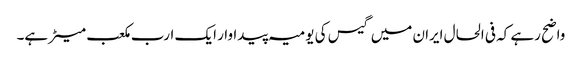
واضح رہے کہ فی الحال ایران میں گیس کی یومیہ پیداوار ایک ارب مکعب میٹر ہے۔